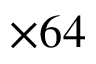
\times 6 4